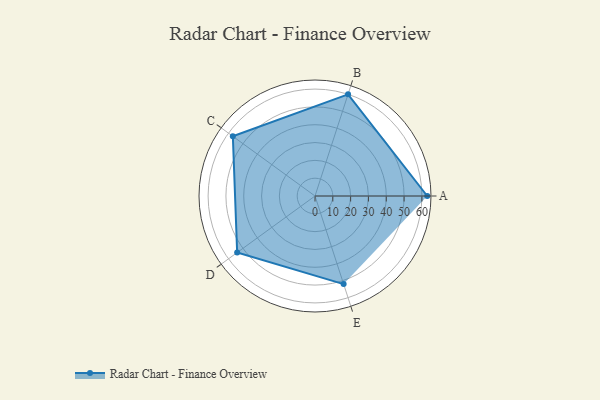
{"axis": {"x": "Skill", "y": "Score"}, "legend": ["Profile"], "data": [{"x": "A", "y": 63.0, "type": "Profile"}, {"x": "B", "y": 60.0, "type": "Profile"}, {"x": "C", "y": 57.0, "type": "Profile"}, {"x": "D", "y": 54.0, "type": "Profile"}, {"x": "E", "y": 52.0, "type": "Profile"}]}